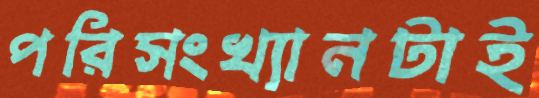
পরিসংখ্যানটাই